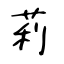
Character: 莉